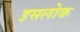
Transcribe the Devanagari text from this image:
इसलोक